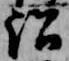
訟